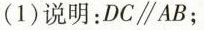
(1) 说明：DC\parallel AB；